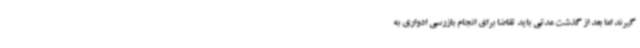
گیرند اما بعد از گذشت مدتی باید تقاضا برای انجام بازرسی ادواری به